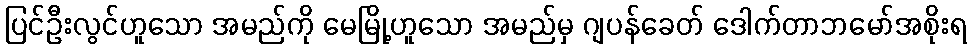
ပြင်ဦးလွင်ဟူသော အမည်ကို မေမြို့ဟူသော အမည်မှ ဂျပန်ခေတ် ဒေါက်တာဘမော်အစိုးရ